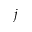
j